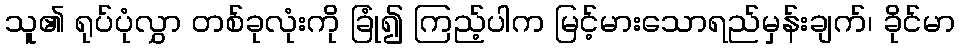
သူ၏ ရုပ်ပုံလွှာ တစ်ခုလုံးကို ခြုံ၍ ကြည့်ပါက မြင့်မားသောရည်မှန်းချက်၊ ခိုင်မာ